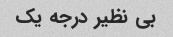
بی نظیر درجه یک